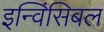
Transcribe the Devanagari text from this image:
इन्विंसिबल